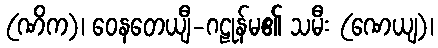
(ဏိက)၊ ဝေနတေယျီ-ဂဠုန်မ၏ သမီး (ဏေယျ)၊